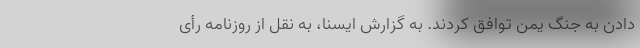
دادن به جنگ یمن توافق کردند. به گزارش ایسنا، به نقل از روزنامه رأی